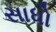
સાધો